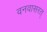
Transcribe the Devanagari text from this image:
वनवासरत्